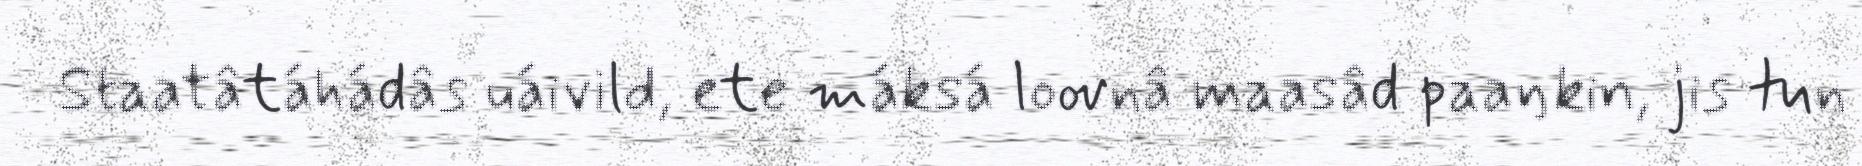
Staatâtáhádâs uáivild, ete máksá loovnâ maasâd paaŋkin, jis tun